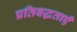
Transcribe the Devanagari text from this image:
प्रतिबद्धताएँ